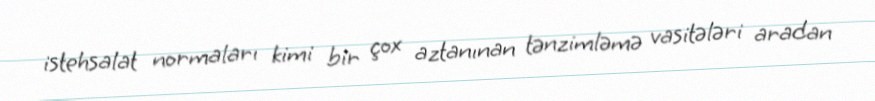
istehsalat normaları kimi bir çox aztanınan tənzimləmə vasitələri aradan